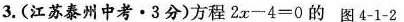
3.(江苏泰州中考·3分)方程$$2 x - 4 = 0$$的 图4-1-2